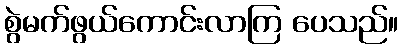
စွဲမက်ဖွယ်ကောင်းလာကြ ပေသည်။